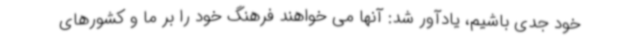
خود جدی باشیم، یادآور شد: آنها می خواهند فرهنگ خود را بر ما و کشورهای